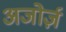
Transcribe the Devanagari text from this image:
अजोर्ज़